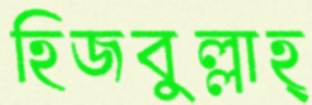
হিজবুল্লাহ্